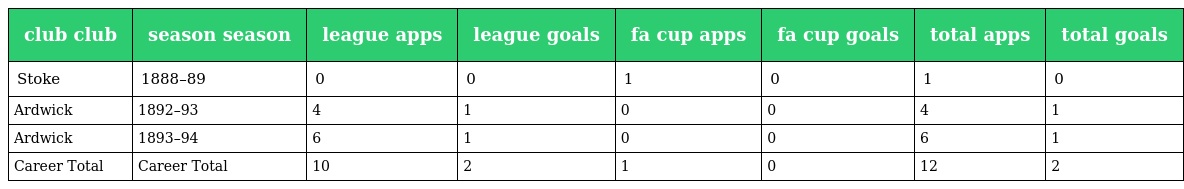
| club club | season season | league apps | league goals | fa cup apps | fa cup goals | total apps | total goals |
 | --- | --- | --- | --- | --- | --- | --- | --- |
 | Stoke | 1888–89 | 0 | 0 | 1 | 0 | 1 | 0 |
 | Ardwick | 1892–93 | 4 | 1 | 0 | 0 | 4 | 1 |
 | Ardwick | 1893–94 | 6 | 1 | 0 | 0 | 6 | 1 |
 | Career Total | Career Total | 10 | 2 | 1 | 0 | 12 | 2 |